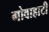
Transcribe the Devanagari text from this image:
गोवाहाटी